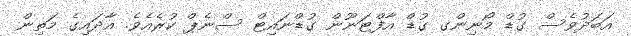
އަބަދުވެސް ގުޑް މޯނިންގ ގުޑް އާފްޓަނޫން ގުޑްނައިޓް ސްނެޕް ކުރެއެވެ. އާދައިގެ މަތިން